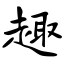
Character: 趣